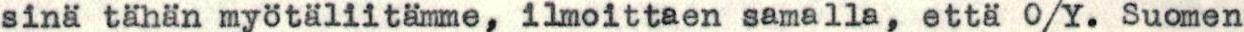
sinä tähän myötäliitämme, ilmoittaen samalla, että O/Y. Suomen